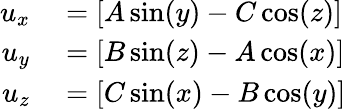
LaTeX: \begin{array}{rl}{u_{x}}&{{}=[A\sin(y)-C\cos(z)]}\\ {u_{y}}&{{}=[B\sin(z)-A\cos(x)]}\\ {u_{z}}&{{}=[C\sin(x)-B\cos(y)]}\end{array}